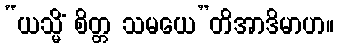
“ယသ္မိံ စိတ္တ သမယေ”တိအာဒိမာဟ။